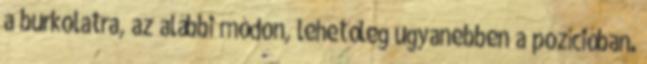
a burkolatra, az alábbi módon, lehetőleg ugyanebben a pozícióban.